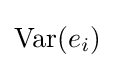
\operatorname {Var} (e_{i})